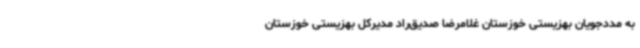
به مددجویان بهزیستی خوزستان غلامرضا صدیق‌راد مدیرکل بهزیستی خوزستان